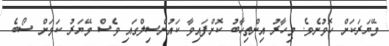
މޭޔަރަކަށް ހޮވުނެވެ. މިހާރު އިންތިހާބު ކޮށްފައިވާ ކައުންސިލްގައި ވެސް މޭޔަރު ކަމަށް ސޯބެ